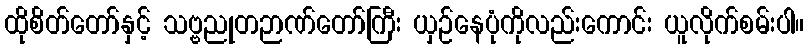
ထိုစိတ်တော်နှင့် သဗ္ဗညုတဉာဏ်တော်ကြီး ယှဉ်နေပုံကိုလည်းကောင်း ယူလိုက်စမ်းပါ။